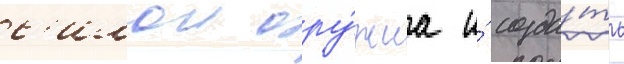
с'илои ору́жиа и́ созда́ть